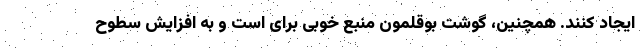
ایجاد کنند. همچنین، گوشت بوقلمون منبع خوبی برای است و به افزایش سطوح